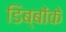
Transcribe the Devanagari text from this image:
डिब्बोंके